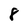
Character: 8